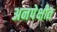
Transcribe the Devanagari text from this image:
अनपेक्षीत